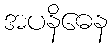
အပနိဓေန